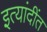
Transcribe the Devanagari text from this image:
इत्यांदींत